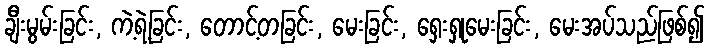
ချီးမွမ်းခြင်း, ကဲ့ရဲ့ခြင်း, တောင့်တခြင်း, မေးခြင်း, ရှေးရှုမေးခြင်း, မေးအပ်သည်ဖြစ်၍